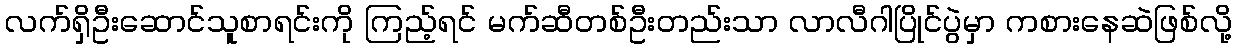
လက်ရှိဦးဆောင်သူစာရင်းကို ကြည့်ရင် မက်ဆီတစ်ဦးတည်းသာ လာလီဂါပြိုင်ပွဲမှာ ကစားနေဆဲဖြစ်လို့